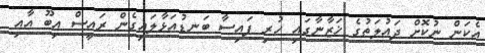
އެކަން ނުކޮށް ދައުލަތުގެ ޚަޒާނާގައި ހުރި ފައިސާ ބަނޑުއަޅާލައިގެން ރައީސް އިބޫ އާއި